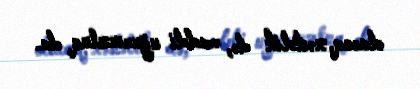
olacaq, xəstəlik də, maddi uğursuzluq da.